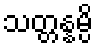
သတ္တန္နမ္ပိ